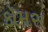
કૉમસ